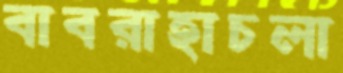
বাবরাহাচলা